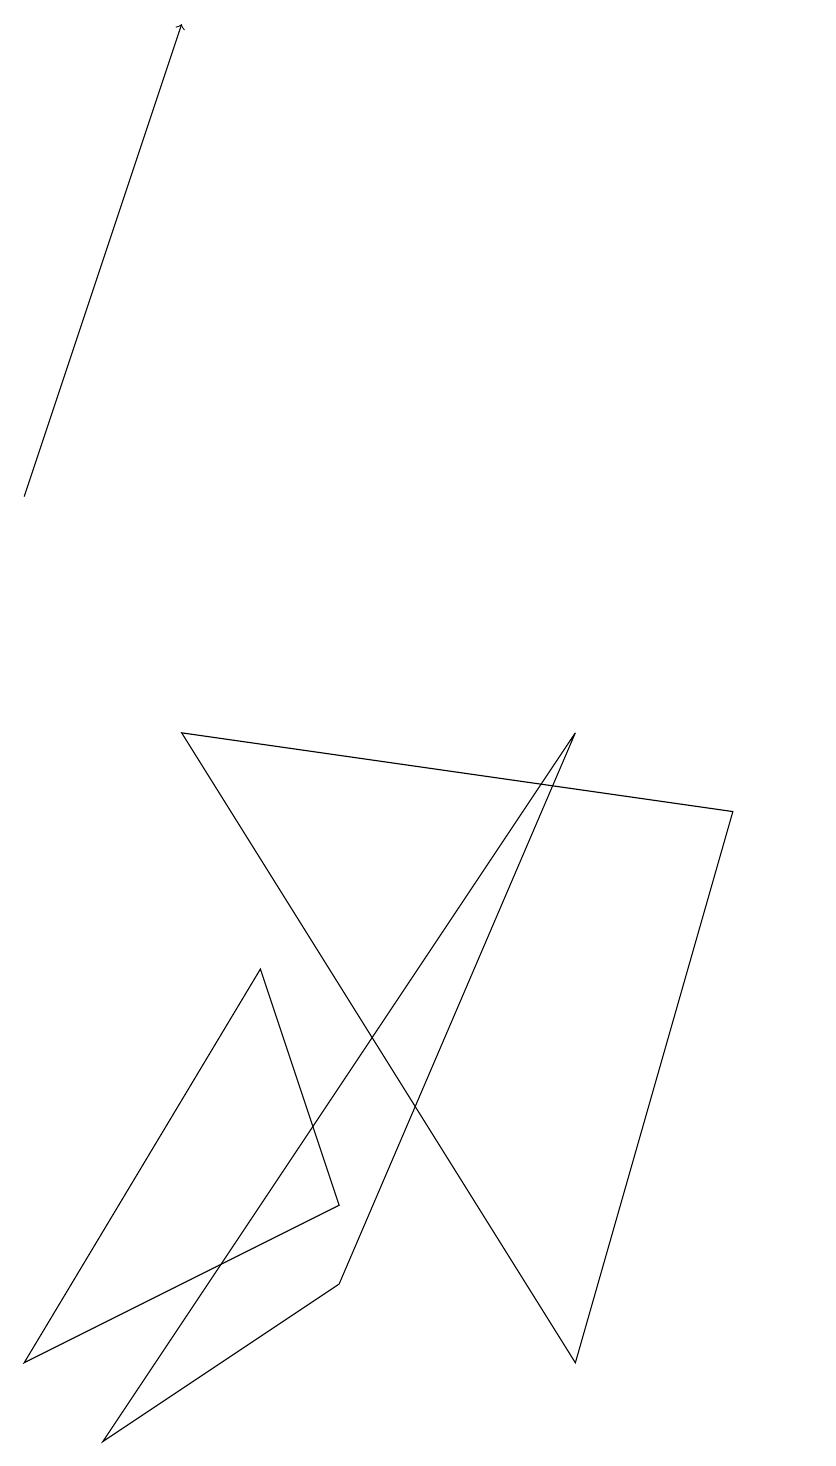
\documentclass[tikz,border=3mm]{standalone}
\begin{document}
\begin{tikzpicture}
\draw (4,3) -- (3,6) -- (0,1) -- cycle;
\draw[->] (0,12) -- (2,18);
\draw (2,9) -- (7,1) -- (9,8) -- cycle;
\draw (10,12) circle (0);
\draw (7,9) -- (4,2) -- (1,0) -- cycle;
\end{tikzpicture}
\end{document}